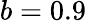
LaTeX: b=0.9